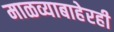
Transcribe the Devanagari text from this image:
माळव्याबाहेरही